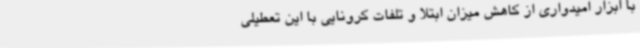
با ابزار امیدواری از کاهش میزان ابتلا و تلفات کرونایی با این تعطیلی